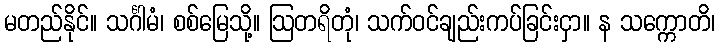
မတည်နိုင်။ သင်္ဂါမံ၊ စစ်မြေသို့။ ဩတရိတုံ၊ သက်ဝင်ချည်းကပ်ခြင်းငှာ။ န သက္ကောတိ၊